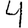
Digit: 4